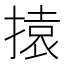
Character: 㨬